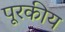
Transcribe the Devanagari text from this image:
पूरकीय